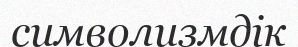
символизмдік